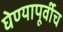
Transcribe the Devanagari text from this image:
घेण्यापूर्वीच